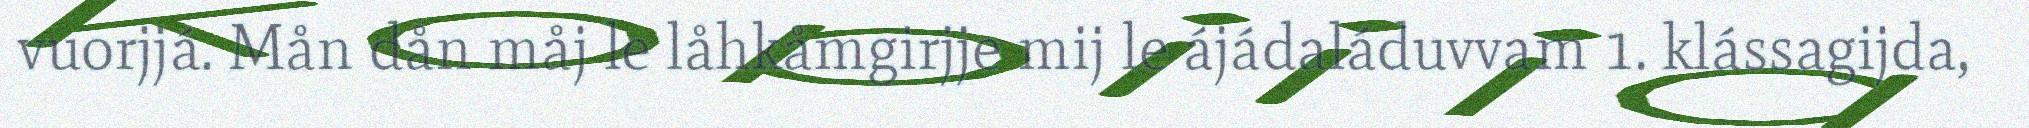
vuorjjá. Mån dån måj le låhkåmgirjje mij le ájádaláduvvam 1. klássagijda,